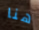
هنا